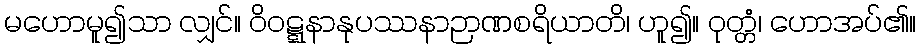
မဟောမူ၍သာ လျှင်။ ဝိဝဋ္ဋနာနုပဿနာဉာဏစရိယာတိ၊ ဟူ၍။ ဝုတ္တံ၊ ဟောအပ်၏။